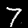
Label: 7